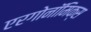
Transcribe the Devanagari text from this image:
एरगोनॉमिक्स